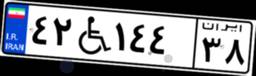
۹۹W۶۰۵۴۵